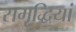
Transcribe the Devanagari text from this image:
समृद्धियां